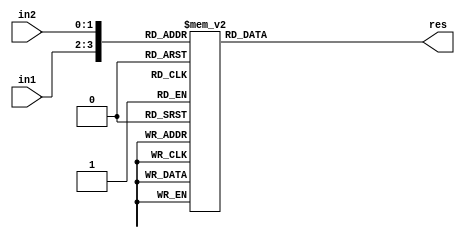
module UDM_2x2
   (
        input wire [1:0] in1,
        input wire [1:0] in2,
       output reg [2:0] res
    );

  always @* begin
       case ({in1,in2})
          4'b0000 : begin
                      res = 3'b000;
                   end
          4'b0001 : begin
                      res = 3'b000;
                   end
          4'b0010 : begin
                      res = 3'b000;
                   end
          4'b0011 : begin
                      res = 3'b000;
                   end
          4'b0100 : begin
                      res = 3'b000;
                   end
          4'b0101 : begin
                      res = 3'b001;
                   end
          4'b0110 : begin
                      res = 3'b010;
                   end
          4'b0111 : begin
                      res = 3'b011;
                   end
          4'b1000 : begin
                      res = 3'b000;
                   end
          4'b1001 : begin
                      res = 3'b010;
                   end
          4'b1010 : begin
                      res = 3'b100;
                   end
          4'b1011 : begin
                      res = 3'b110;
                   end
          4'b1100 : begin
                     res = 3'b000;
                   end
          4'b1101 : begin
                      res = 3'b110;
                   end
          4'b1110 : begin
                      res = 3'b011;
                   end
          4'b1111 : begin
                      res = 3'b111;
                   end
       endcase

  end

endmodule